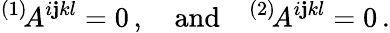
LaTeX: {}^{(1)}\! A^{i\mathbf{j}kl}=0\, ,\quad\mathrm{{and}}\quad{}^{(2)}\! A^{i\mathbf{j}kl}=0\, .